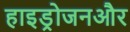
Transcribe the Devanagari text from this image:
हाइड्रोजनऔर